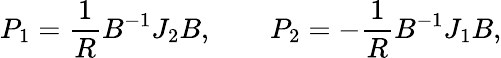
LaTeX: P_{1}={\frac{1}{R}}B^{-1}J_{2}B,\qquad P_{2}=-{\frac{1}{R}}B^{-1}J_{1}B,